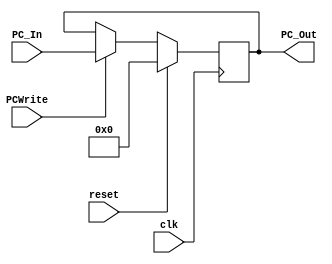
`timescale 1ns / 1ps
module Program_Counter(clk, reset, PC_In, PC_Out, PCWrite);
// inputs
input clk, reset;
input [63:0] PC_In;
input PCWrite;
// outputs
output reg [63:0] PC_Out;

initial
	PC_Out=64'd0;
	
always @ (posedge clk) // posedge reset?
       
       if (reset == 1'b1) PC_Out = 64'b0;
	   else if (PCWrite == 1'b0) PC_Out = PC_Out;
	   else PC_Out = PC_In;

endmodule